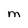
Character: M